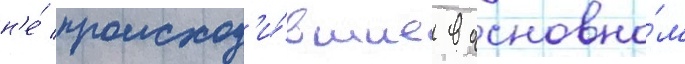
н'е́ происход'и́вшие в основно́м